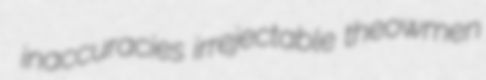
inaccuracies irrejectable theowmen